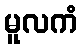
မူလကံ